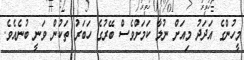
މީހުންގެ އަދަދު މިއަށް ނުލާ ކަމަށްވެސް ބޭރުގެ ހަބަރު ތަކުން ވަނީ ބުނެއެވެ.